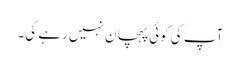
آپ کی کوئی پہچان نہیں رہے گی۔